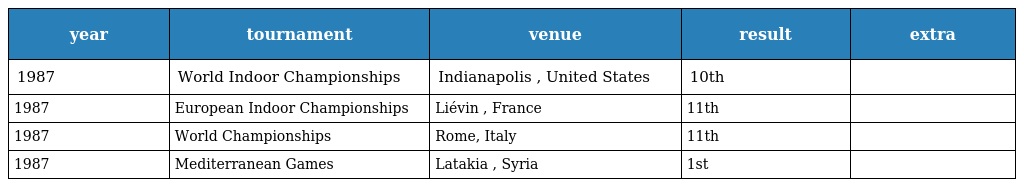
| year | tournament | venue | result | extra |
 | --- | --- | --- | --- | --- |
 | 1987 | World Indoor Championships | Indianapolis , United States | 10th |  |
 | 1987 | European Indoor Championships | Liévin , France | 11th |  |
 | 1987 | World Championships | Rome, Italy | 11th |  |
 | 1987 | Mediterranean Games | Latakia , Syria | 1st |  |